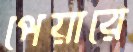
পেয়ারে